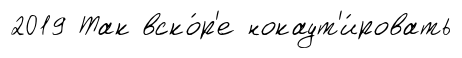
2019 Так вско́р'е нокаут'и́ровать